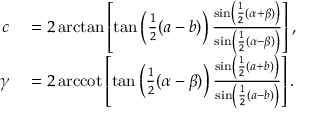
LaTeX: \begin{array} { r l } { c } & { { } = 2 \arctan \left[ \tan \left( { \frac { 1 } { 2 } } ( a - b ) \right) { \frac { \sin \left( { \frac { 1 } { 2 } } ( \alpha + \beta ) \right) } { \sin \left( { \frac { 1 } { 2 } } ( \alpha - \beta ) \right) } } \right] , } \\ { \gamma } & { { } = 2 \operatorname { a r c c o t } \left[ \tan \left( { \frac { 1 } { 2 } } ( \alpha - \beta ) \right) { \frac { \sin \left( { \frac { 1 } { 2 } } ( a + b ) \right) } { \sin \left( { \frac { 1 } { 2 } } ( a - b ) \right) } } \right] . } \end{array}